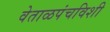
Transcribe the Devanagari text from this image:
वेताळपंचविशी